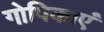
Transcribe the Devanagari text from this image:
गोपिकाएं